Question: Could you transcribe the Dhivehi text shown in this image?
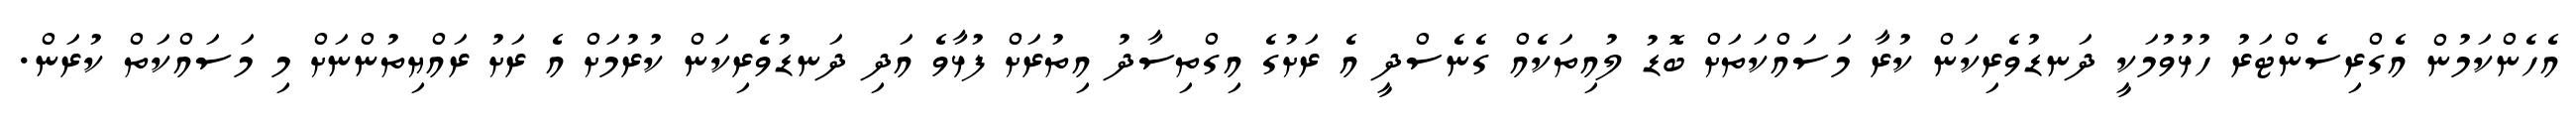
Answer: އެހެންކަމުން އެގްރިސެންޓަރު ހުޅުވުމަކީ ދަނޑުވެރިކަން ކުރާ މަސައްކަތަށް ބޮޑު ލުއިތަކެއް ގެނެސްދީ އެ ރަށުގެ އިގްތިސާދު އިތުރަށް ފުޅާވެ އަދި ދަނޑުވެރިކަން ކުރުމަށް އެ ރަށު ރައްޔިތުންނަށް މި މަސައްކަތް ކުރަން.